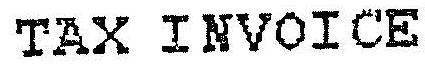
TAX INVOICE